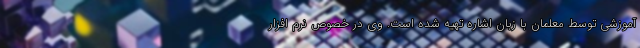
آموزشی توسط معلمان با زبان اشاره تهیه شده است. وی در خصوص نرم افزار